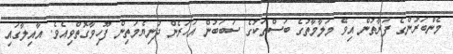
މެންބަރުންގެ ފަރާތުން އިވޭ މަލާމާތުގެ ބަސްތަކުގެ ސަބަބުން އަހަރެން ދުނިޔެމަތިން ފޫހިވާގޮތްވިއެވެ. އާއިލާގައި